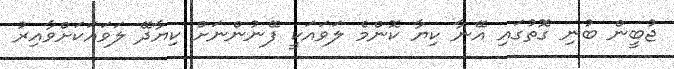
ޖުބީން ބުނި ގޮތުގައި އޭނާ ކިޔާ ކޮންމެ ލަވައަކީ ފޭނުންނަށް ކިޔާދޭ ލަވައަކަށްވާއިރު